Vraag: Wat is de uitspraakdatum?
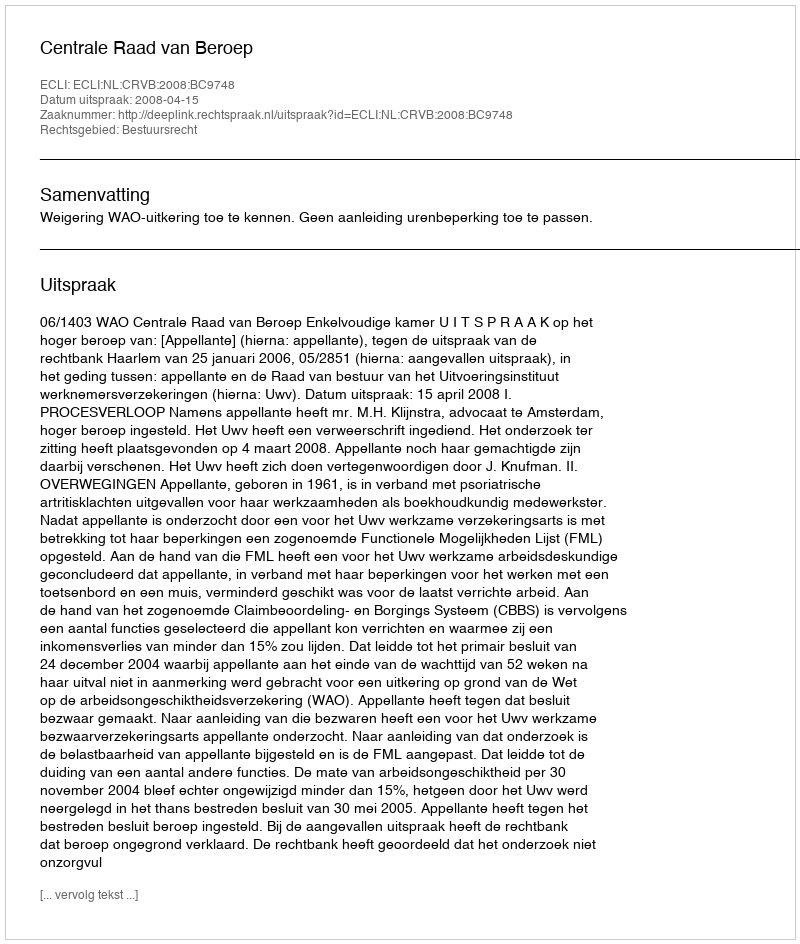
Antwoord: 2008-04-15